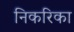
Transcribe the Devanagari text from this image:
निकरिका